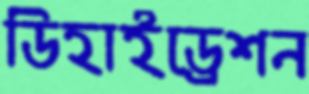
ডিহাইড্রেশন